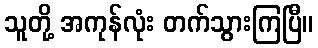
သူတို့ အကုန်လုံး တက်သွားကြပြီ။